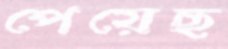
পেয়েছ